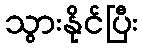
သွားနိုင်ပြီး